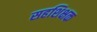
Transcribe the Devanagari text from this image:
सहशिक्षक